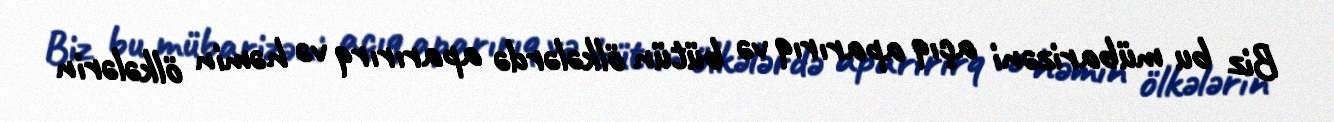
Biz bu mübarizəni açıq aparırıq və bütün ölkələrdə aparırırq və həmin ölkələrin